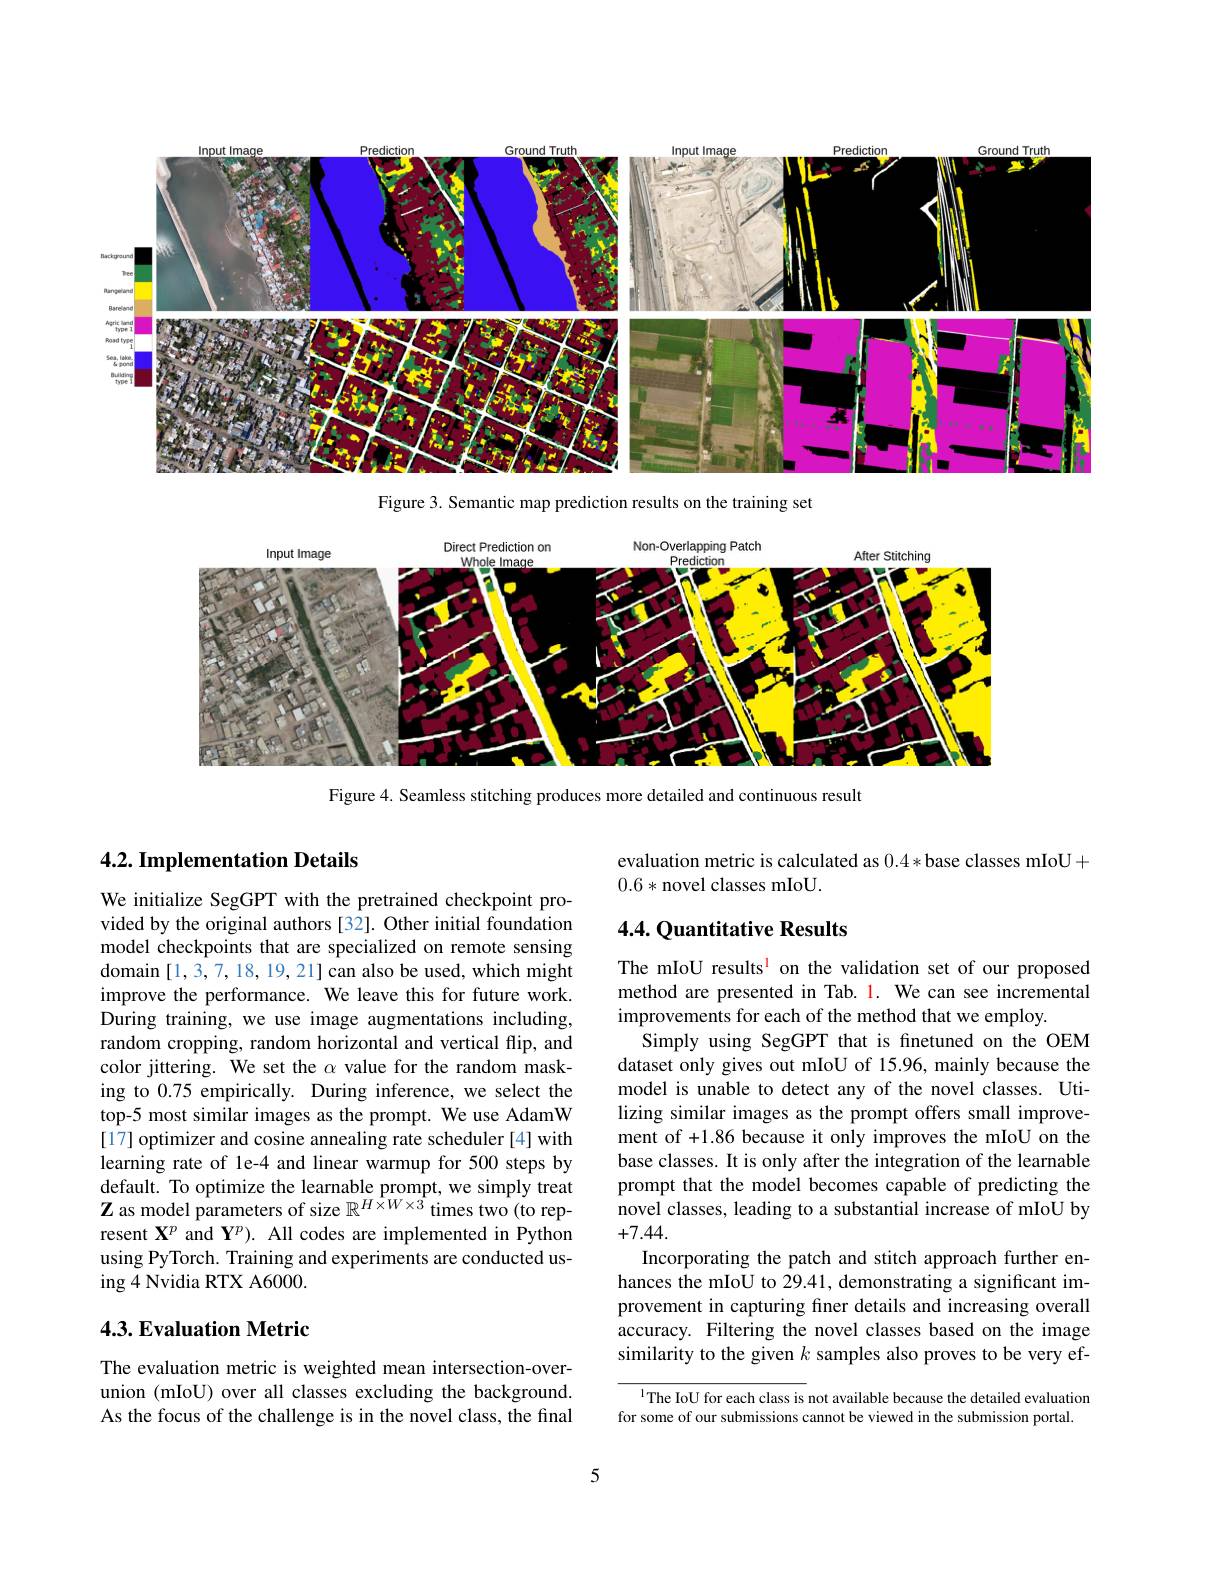
<FigureHere>

Figure 3. Semantic map prediction results on the training set

<FigureHere>

Figure 4. Seamless stitching produces more detailed and continuous result

## 4.2. Implementation Details

We initialize SegGPT with the pretrained checkpoint provided by the original authors [32]. Other initial foundation model checkpoints that are specialized on remote sensing domain [1,3,7,18,19,21] can also be used, which might improve the performance. We leave this for future work. During training, we use image augmentations including, random cropping, random horizontal and vertical flip, and color jittering. We set the $\alpha$ value for the random masking to 0.75 empirically. During inference, we select the top-5 most similar images as the prompt. We use AdamW [17] optimizer and cosine annealing rate scheduler [4] with learning rate of le-4 and linear warmup for 500 steps by default. To optimize the learnable prompt, we simply treat $\hat{\mathbf{Z}}$ as model parameters of size $\mathbb{R}^H\hat{\times}W\times\hat{3}$ times two(to represent $\mathbf{X}^p$ and Y$^p).$ All codes are implemented in Python using PyTorch. Training and experiments are conducted using 4 Nvidia RTX A6000.

## 4.3. Evaluation Metric

The evaluation metric is weighted mean intersection-overunion (mIoU) over all classes excluding the background As the focus of the challenge is in the novel class, the final

evaluation metric is calculated as 0.4*base classes mIoU+
0.6*novel classes mIoU.

## $4.4.\textcircled {Q}$uantitative Results

The mIoU results$^{\mathrm{l}}$ on the validation set of our proposed method are presented in Tab. l. We can see incremental improvements for each of the method that we employ
Simply using SegGPT that is fnetuned on the OEM dataset only gives out mIoU of 15.96, mainly because the model is unable to detect any of the novel classes. Utilizing similar images as the prompt offers small improvement of +1.86 because it only improves the mIoU on the base classes. It is only after the integration of the learnable prompt that the model becomes capable of predicting the novel classes, leading to a substantial increase of mIoU by +7.44.
Incorporating the patch and stitch approach further enhances the mIoU to 29.41, demonstrating a significant improvement in capturing finer details and increasing overall accuracy. Filtering the novel classes based on the image similarity to the given $k$ samples also proves to be very ef-

l The IoU for each class is not available because the detailed evaluation for some of our submissions cannot be viewed in the submission portal

5